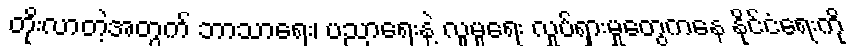
တိုးလာတဲ့အတွက် ဘာသာရေး၊ ပညာရေးနဲ့ လူမှုရေး လှုပ်ရှားမှုတွေကနေ နိုင်ငံရေးကို